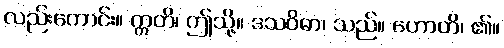
လည်းကောင်း။ ဣတိ၊ ဤသို့။ ဒသဝိဓာ၊ သည်။ ဟောတိ၊ ၏။